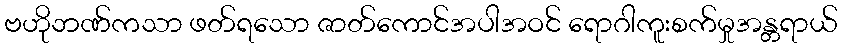
ဗဟိုဘဏ်ကသာ ဖတ်ရသော ဇာတ်ကောင်အပါအဝင် ရောဂါကူးစက်မှုအန္တရာယ်